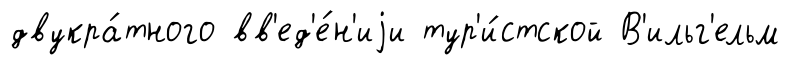
двукра́тного вв'ед'е́н'иjи тур'и́стской В'ильг'ельм